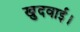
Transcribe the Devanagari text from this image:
खुदवाई।